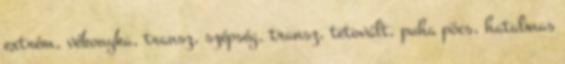
extrém, vékonyka, transz, szépség, transz, tetovált, puha pöcs, hatalmas